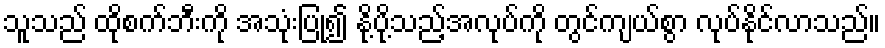
သူသည် ထိုစက်ဘီးကို အသုံးပြု၍ နို့ပို့သည့်အလုပ်ကို တွင်ကျယ်စွာ လုပ်နိုင်လာသည်။